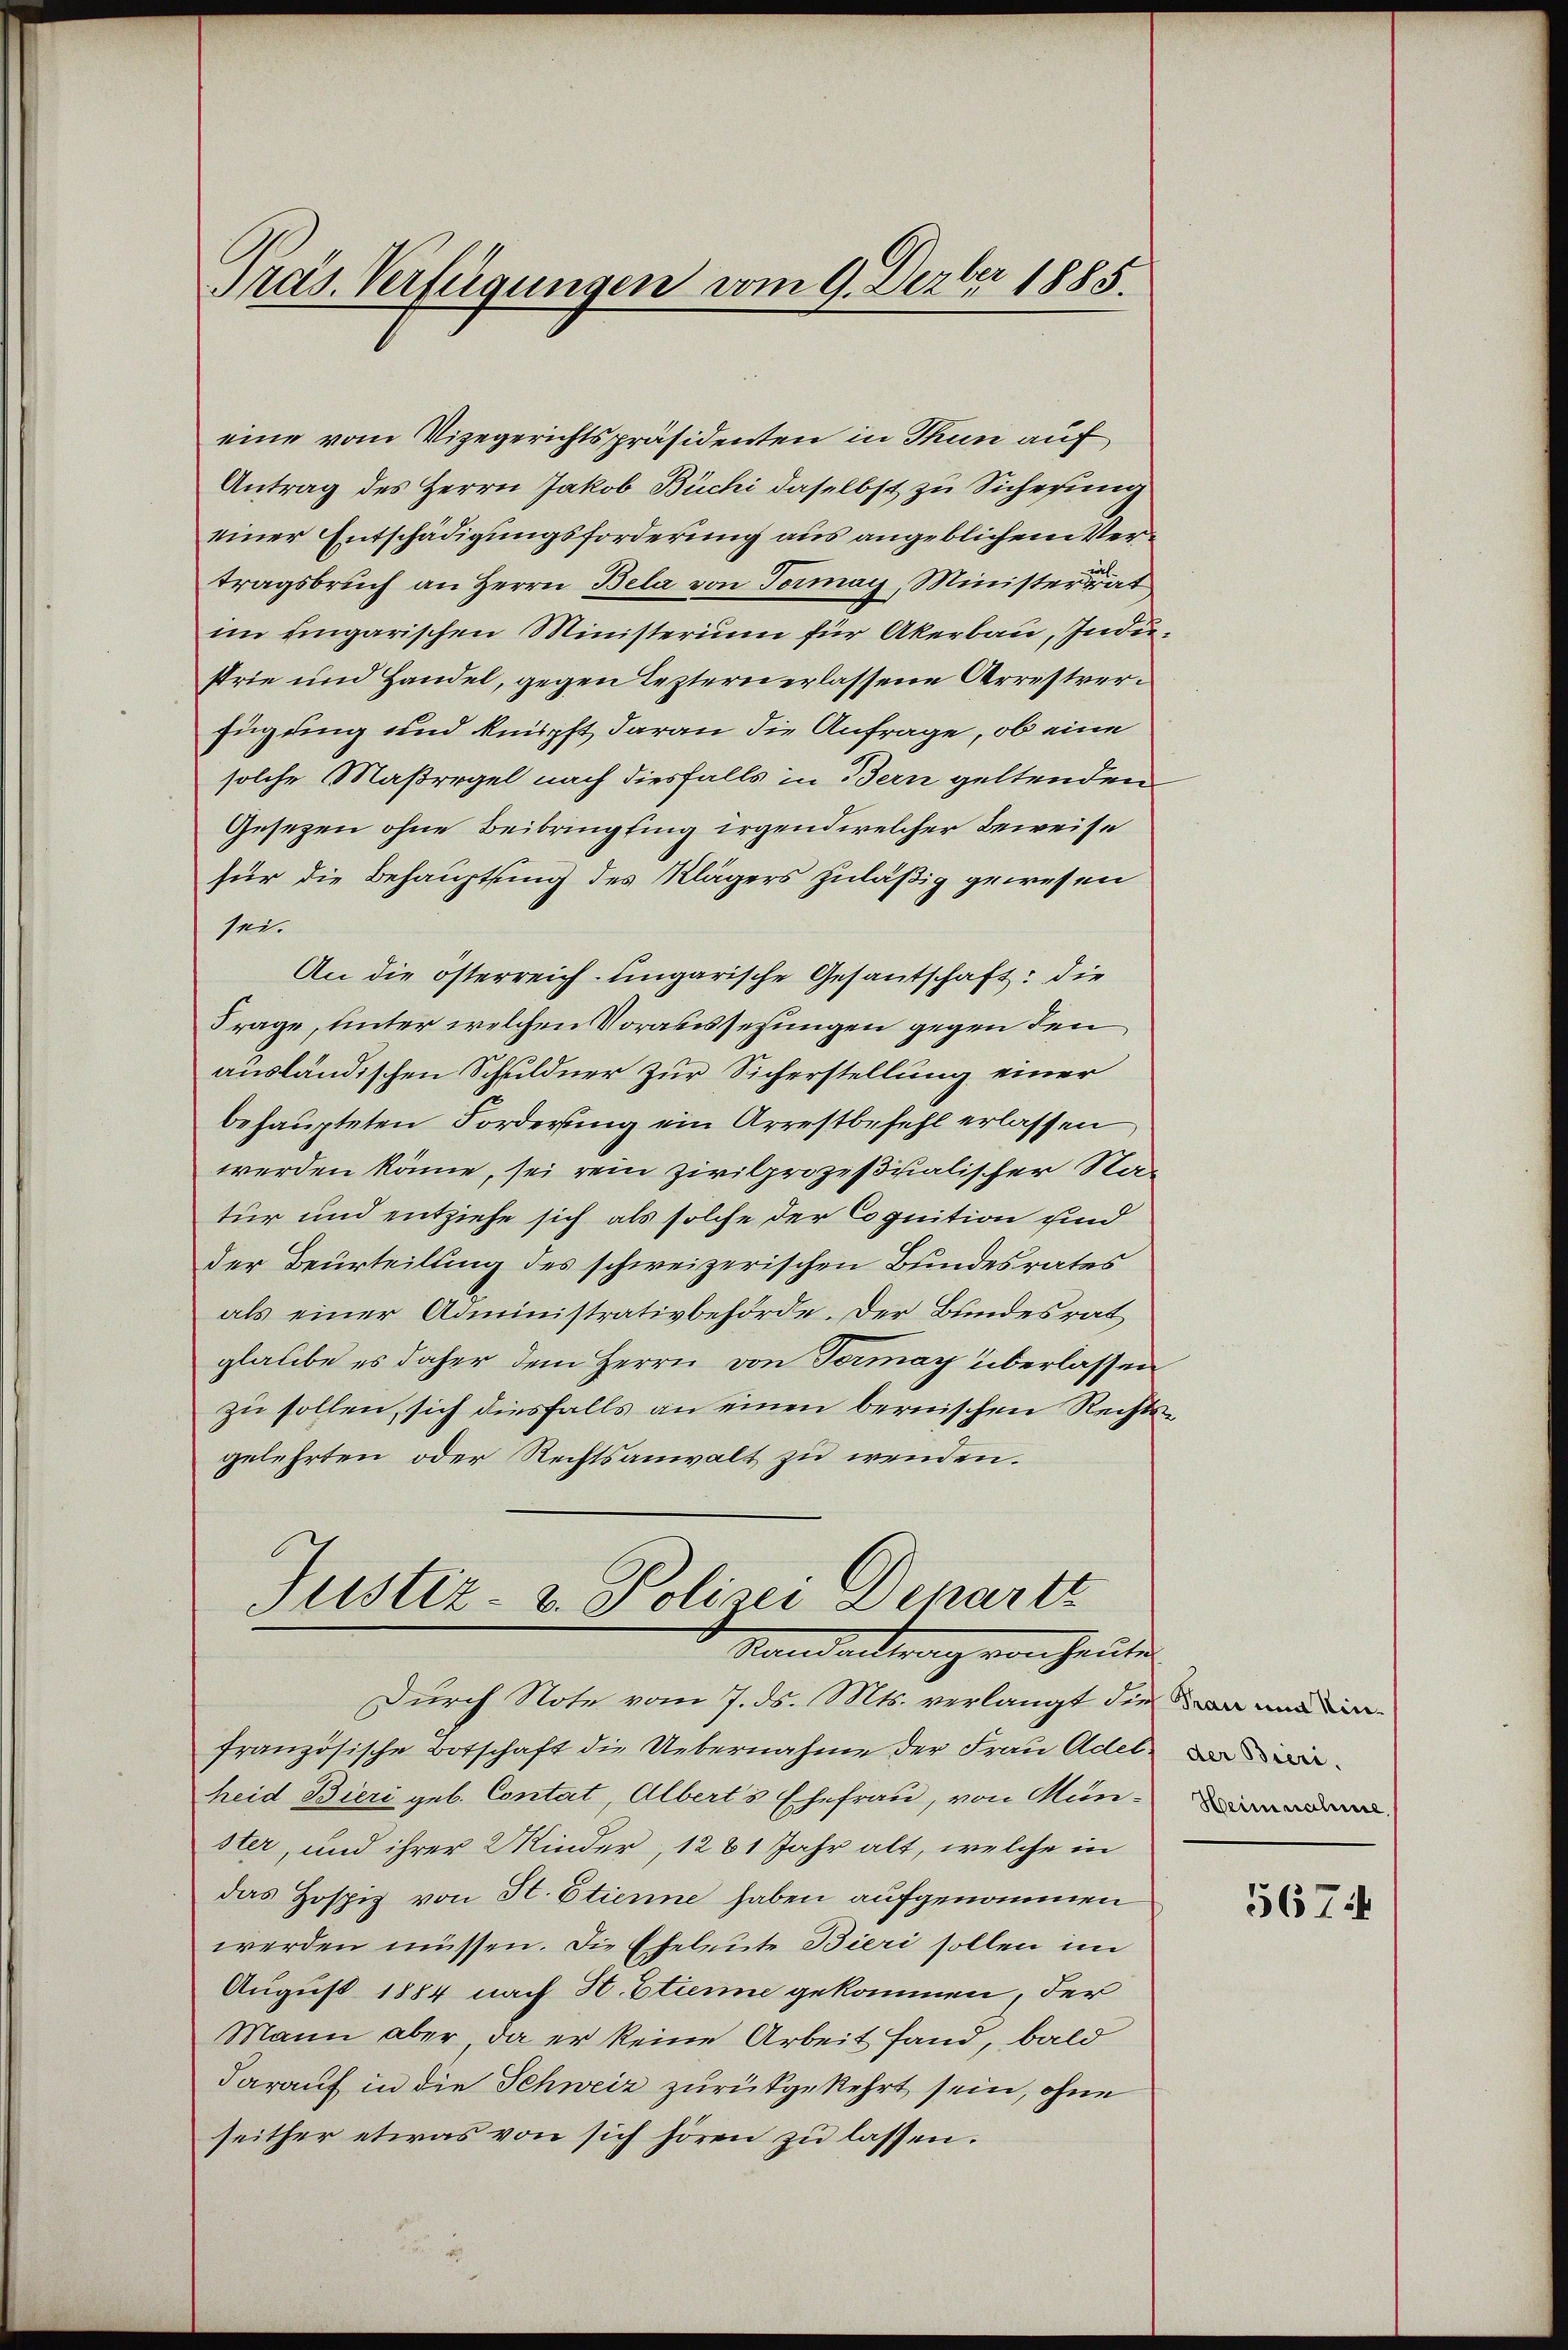
eine vom Vizegerichtspräsidenten in Thun auf
Antrag des Herrn Jakob Büchi daselbst zu Sicherung
einer Entschädigungsforderung aus angeblichem Vertragsbruch an Herrn Bela von Tormay, Ministerdrat
im Eingarischen Ministerium für Akerbau, Industrie und Handel, gegen leztern erlassene Arrestverfügung und knüpft daran die Anfrage, ob eine
solche Maßregel nach diesfalls in Bern geltenden
Gesezen ohne Beibringling irgend welcher Beweise
für die Behauptung des Klägers zuläßig gewesen
sei.
An die österreich-ungarische Gesantschaft: die
Frage, unter welchen Vorabesezungen gegen den
ausländischen Schuldner zur Sicherstellung einer
behaupteten Forderung ein Arrestbefehl erlassen
werden könne, sei rein zivilprozißialischer Stad
tur und entziehe sich als solche der Cognition sind
der Beurteilung des schweizerischen Bundesrates
als einer Administrativbehörde. Der Bundesrat
glaube es daher dem Herrn von Tormay überlassen
zu sollen, sich diesfalls an einen bernischen Rechtsgelehrten oder Rechtsanwalt zu wenden.

Präs. Verfügungen vom 9. Dezber 1885.

Justiz- & Polizei Derartz
Mandantrag von heute

Durch Note vom 7. ds. Mts. verlangt die an und
französische Botschaft die Uebernahme der Frau Adel
heid Bieri geb. Contat, Alberts Ehefrau, von Mun
ster, und ihrer Winder, 1281 Jahr alt, welche in
das Hospiz von St. Etienne haben aufgenommen
werden müssen. Die Eheleute Bieri sollen im
August 1884 nach H. Etiene gekommen, der
Mann aber, da er keine Arbeit fand, bald
darauf in die Schweiz zurückgekehrt sein, ohne
seither etwas von sich hören zu lassen.

5674